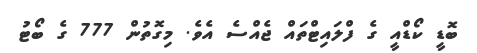
ބޮޑީ ކޯޑްއީ ގެ ފްލައިޓްތައް ޖެއްސެ އެވެ. މިގޮތުން 777 ގެ ބޯޓު